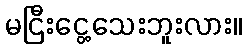
မငြီးငွေ့သေးဘူးလား။